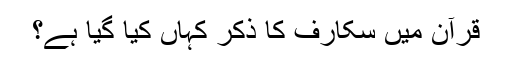
قرآن میں سکارف کا ذکر کہاں کیا گیا ہے؟